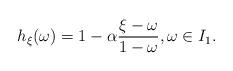
LaTeX: \begin{align*}h_{\xi}(\omega) = 1 - \alpha \frac{\xi - \omega}{1 - \omega }, \omega \in I_1.\end{align*}